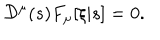
{ \cal D } ^ { \mu } ( s ) F _ { \mu } [ \xi | s ] = 0 .